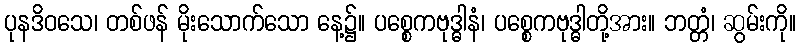
ပုနဒိဝသေ၊ တစ်ဖန် မိုးသောက်သော နေ့၌။ ပစ္စေကဗုဒ္ဓါနံ၊ ပစ္စေကဗုဒ္ဓါတို့အား။ ဘတ္တံ၊ ဆွမ်းကို။